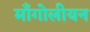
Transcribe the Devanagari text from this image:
मॉंगोलीयन